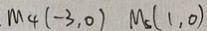
. M _ { 4 } ( - 3 , 0 ) M _ { 5 } ( 1 , 0 )